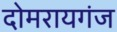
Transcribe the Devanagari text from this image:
दोमरायगंज